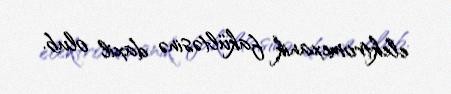
elektromexanik fakültəsinə daxil olub.